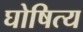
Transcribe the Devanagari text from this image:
घोषित्य